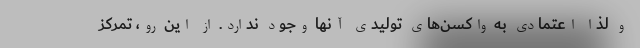
و لذا اعتمادی به واکسن‌های تولیدی آنها وجود ندارد. از این رو، تمرکز